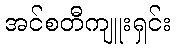
အင်စတီကျူးရှင်း